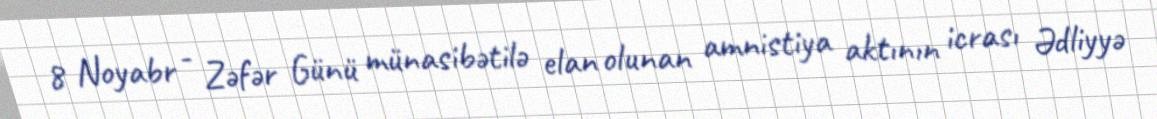
8 Noyabr - Zəfər Günü münasibətilə elan olunan amnistiya aktının icrası Ədliyyə